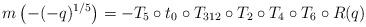
LaTeX: \begin{align*}m\left(-(-q)^{1/5}\right)=-T_5\circ t_0\circ T_{312}\circ T_2\circ T_4\circ T_6 \circ R(q)\end{align*}